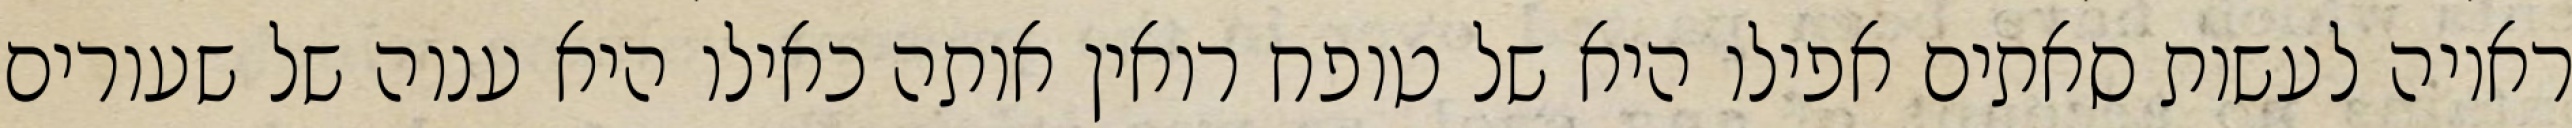
ראויה לעשות סאתים אפילו היא של טופח רואין אותה כאילו היא ענוה של שעורים